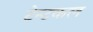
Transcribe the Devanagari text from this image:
टेन्टकल